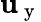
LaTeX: \mathbf{u}_{\mathrm{{~y~}}}